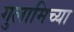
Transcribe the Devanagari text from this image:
गुलामिच्या